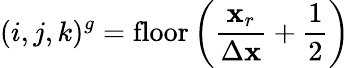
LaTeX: (i,j,k)^{g}=\mathrm{floor}\left(\frac{\mathbf{x}_{r}}{\Delta\mathbf{x}}+\frac{1}{2}\right)